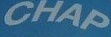
CHAP